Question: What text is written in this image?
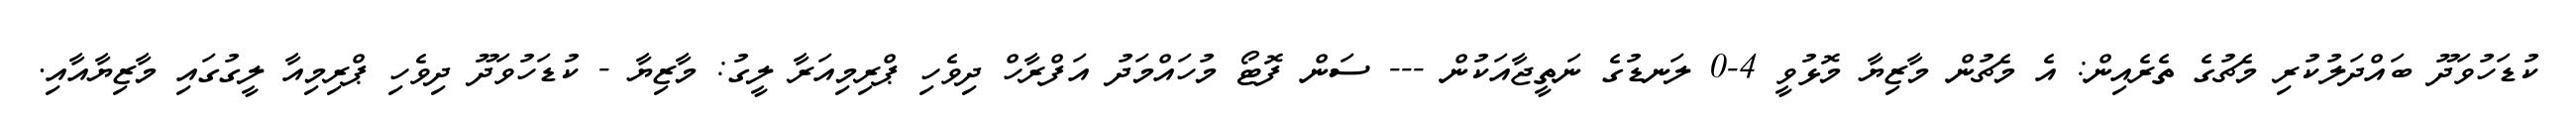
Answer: ކުޑަހުވަދޫ ބައްދަލުކުރި މެޗުގެ ތެރެއިން: އެ މެޗުން މާޒިޔާ މޮޅުވީ 4-0 ލަނޑުގެ ނަތީޖާއަކުން --- ސަން ފޮޓޯ މުހައްމަދު އަފްރާހް ދިވެހި ޕްރިމިއަރާ ލީގު: މާޒިޔާ - ކުޑަހުވަދޫ ދިވެހި ޕްރިމިއާ ލީގުގައި މާޒިޔާއާއި.